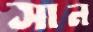
সান